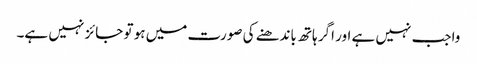
واجب نہیں ہے اور اگر ہاتھ باندھنے کی صورت میں ہو تو جائز نہیں ہے۔